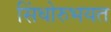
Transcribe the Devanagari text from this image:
सिंधोरुभयत